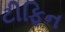
ટીફિન